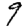
Digit: 9